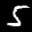
Label: 5